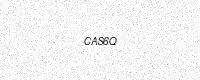
Text: CAS6Q